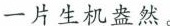
一片生机盎然。